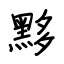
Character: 黟